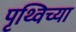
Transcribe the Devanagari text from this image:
पृथ्विच्या